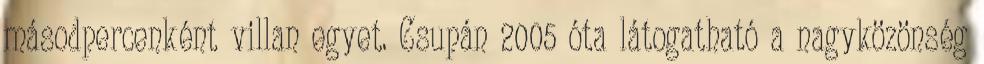
másodpercenként villan egyet. Csupán 2005 óta látogatható a nagyközönség